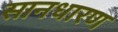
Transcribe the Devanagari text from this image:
सानधारण